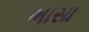
ભાસા